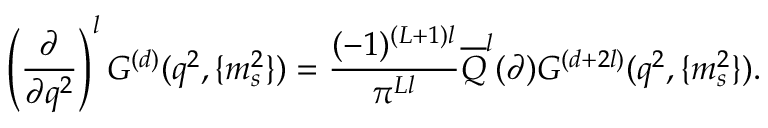
\left( \frac { \partial } { \partial q ^ { 2 } } \right) ^ { l } G ^ { ( d ) } ( q ^ { 2 } , \{ m _ { s } ^ { 2 } \} ) = \frac { ( - 1 ) ^ { ( L + 1 ) l } } { \pi ^ { L l } } \overline { { { Q } } } ^ { l } ( \partial ) G ^ { ( d + 2 l ) } ( q ^ { 2 } , \{ m _ { s } ^ { 2 } \} ) .